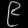
Digit: ၉